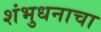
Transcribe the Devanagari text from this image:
शंभुधनाचा